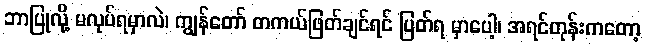
ဘာပြုလို့ မလုပ်ရမှာလဲ၊ ကျွန်တော် တကယ်ဖြတ်ချင်ရင် ပြတ်ရ မှာပေါ့၊ အရင်တုန်းကတော့